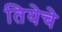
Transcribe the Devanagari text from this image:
तियेचे